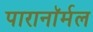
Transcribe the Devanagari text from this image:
पारानाॅर्मल